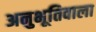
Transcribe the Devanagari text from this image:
अनुभूतिवाला